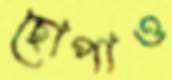
ছোপাও